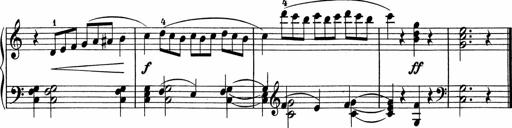
Title: 5 Sonatinen fÃ¼r die Jugend
Composer: Carl Reinecke